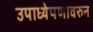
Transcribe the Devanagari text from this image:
उपाध्येपणावरुन